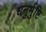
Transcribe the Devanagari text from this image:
धनुर्मुष्टि